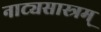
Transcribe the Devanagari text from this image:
नाट्यसास्त्रम्